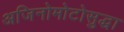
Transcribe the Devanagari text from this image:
अजिनोमोटोसुद्धा